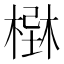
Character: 𣗢